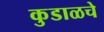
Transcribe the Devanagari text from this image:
कुडाळचे